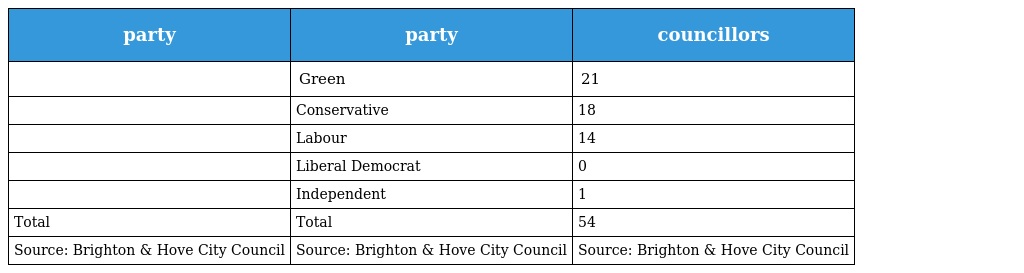
| party | party | councillors |
 | --- | --- | --- |
 |  | Green | 21 |
 |  | Conservative | 18 |
 |  | Labour | 14 |
 |  | Liberal Democrat | 0 |
 |  | Independent | 1 |
 | Total | Total | 54 |
 | Source: Brighton & Hove City Council | Source: Brighton & Hove City Council | Source: Brighton & Hove City Council |